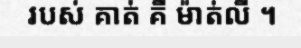
របស់ គាត់ គឺ ម៉ាត់លី ។